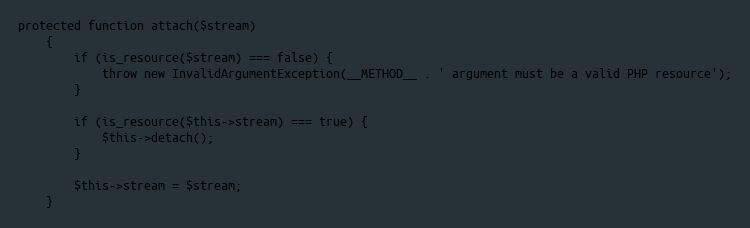
Language: PHP
protected function attach($stream)
    {
        if (is_resource($stream) === false) {
            throw new InvalidArgumentException(__METHOD__ . ' argument must be a valid PHP resource');
        }

        if (is_resource($this->stream) === true) {
            $this->detach();
        }

        $this->stream = $stream;
    }